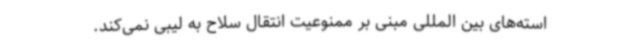
استه‌های بین المللی مبنی بر ممنوعیت انتقال سلاح به لیبی نمی‌کند.